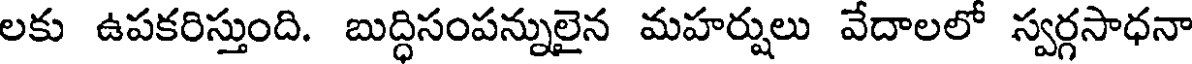
లకు ఉపకరిస్తుంది. బుద్ధిసంపన్నులైన మహర్షులు వేదాలలో స్వర్గసాధనా